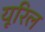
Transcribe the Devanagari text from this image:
यूरिल